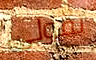
تقولي